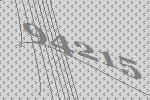
94215